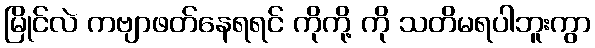
မြိုင်လဲ ကဗျာဖတ်နေရရင် ကိုကို့ ကို သတိမရပါဘူးကွာ